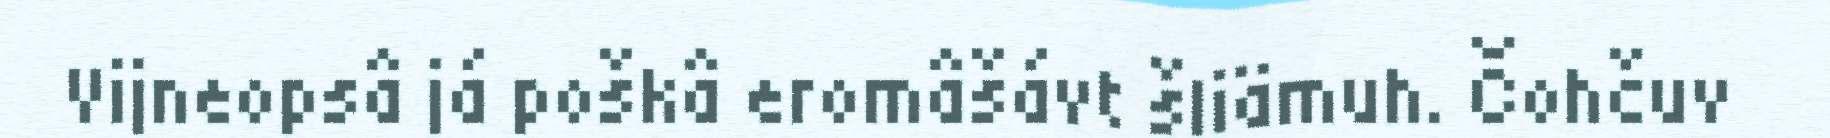
Vijneopsâ já poškâ eromâšávt šliämuh. Čohčuv